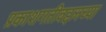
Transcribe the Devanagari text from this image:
प्रकाशगतीबद्दलच्या